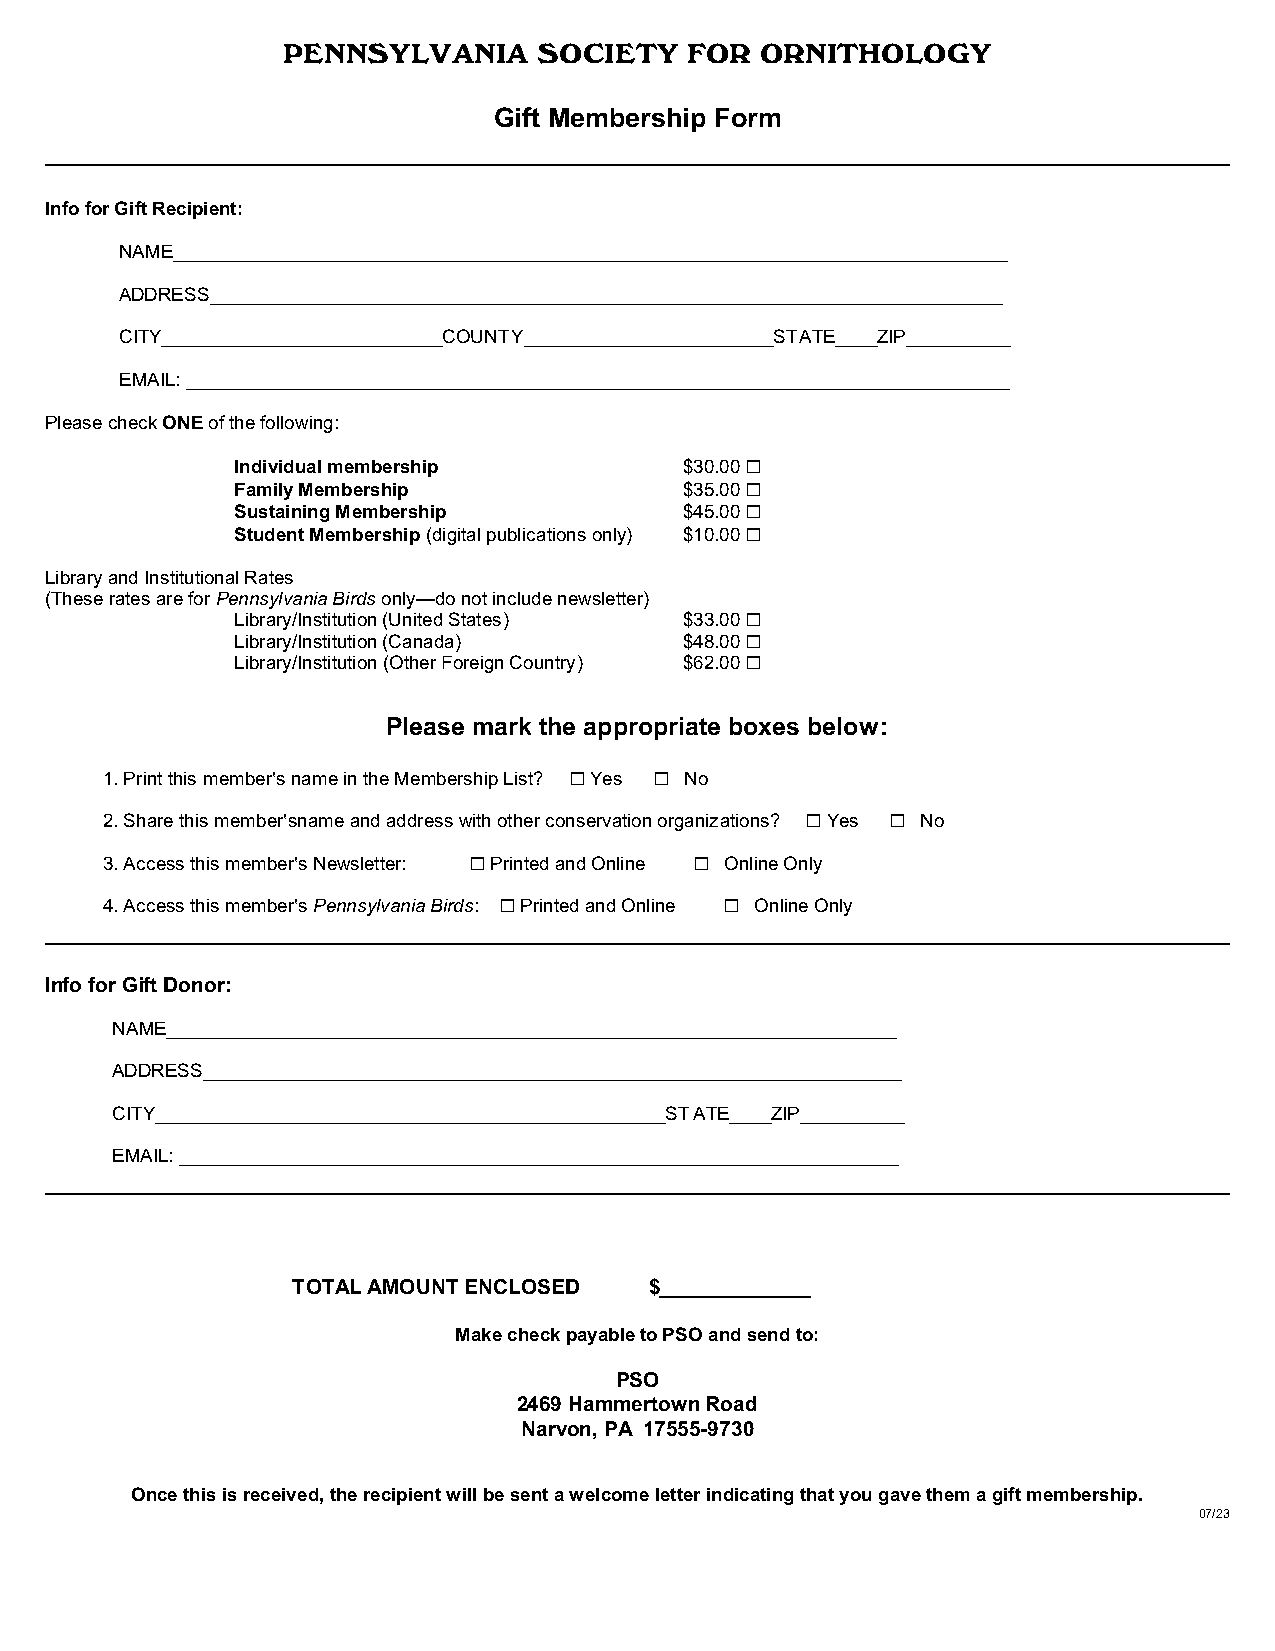
PENNSYLVANIA     SOCIETY  FOR  ORNITHOLOGY
 Gift Membership Form
 Info for Gift Recipient:
 NAME________________________________________________________________________________
 ADDRESS____________________________________________________________________________
 CITY___________________________COUNTY________________________STATE____ZIP__________
 EMAIL: _______________________________________________________________________________
 Please check ONE of the following:
 Individual membership        $30.00 G
 Family Membership            $35.00 G
 Sustaining Membership        $45.00 G
 Student Membership (digital publications only) $10.00 G
 Library and Institutional Rates
 (These rates are for Pennsylvania Birds only—do not include newsletter)
 Library/Institution (United States) $33.00 G
 Library/Institution (Canada) $48.00 G
 Library/Institution (Other Foreign Country) $62.00 G
 Please mark the appropriate boxes below:
 1. Print this member<s name in the Membership List? G Yes G No
 2. Share this member<sname and address with other conservation organizations? G Yes G No
 3. Access this member<s Newsletter: G Printed and Online G Online Only
 4. Access this member<s Pennsylvania Birds: G Printed and Online G Online Only
 Info for Gift Donor:
 NAME______________________________________________________________________
 ADDRESS___________________________________________________________________
 CITY_________________________________________________STATE____ZIP__________
 EMAIL: _____________________________________________________________________
 TOTAL AMOUNT ENCLOSED   $_____________
 Make check payable to PSO and send to:
 PSO
 2469 Hammertown Road
 Narvon, PA 17555-9730
 Once this is received, the recipient will be sent a welcome letter indicating that you gave them a gift membership.
 07/23